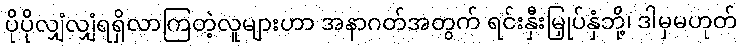
ပိုပိုလျှံလျှံရရှိလာကြတဲ့လူများဟာ အနာဂတ်အတွက် ရင်းနှီးမြှုပ်နှံဘို့၊ ဒါမှမဟုတ်